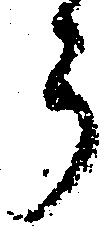
う